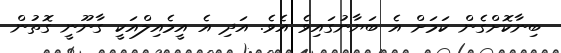
ބިނާކޮށްގެން ކަމަށް އެ ބަޔާނުގައިވެ އެވެ. އަދި އެ އީމެއިލްއަކީ ގާނޫނީ ގޮތުން